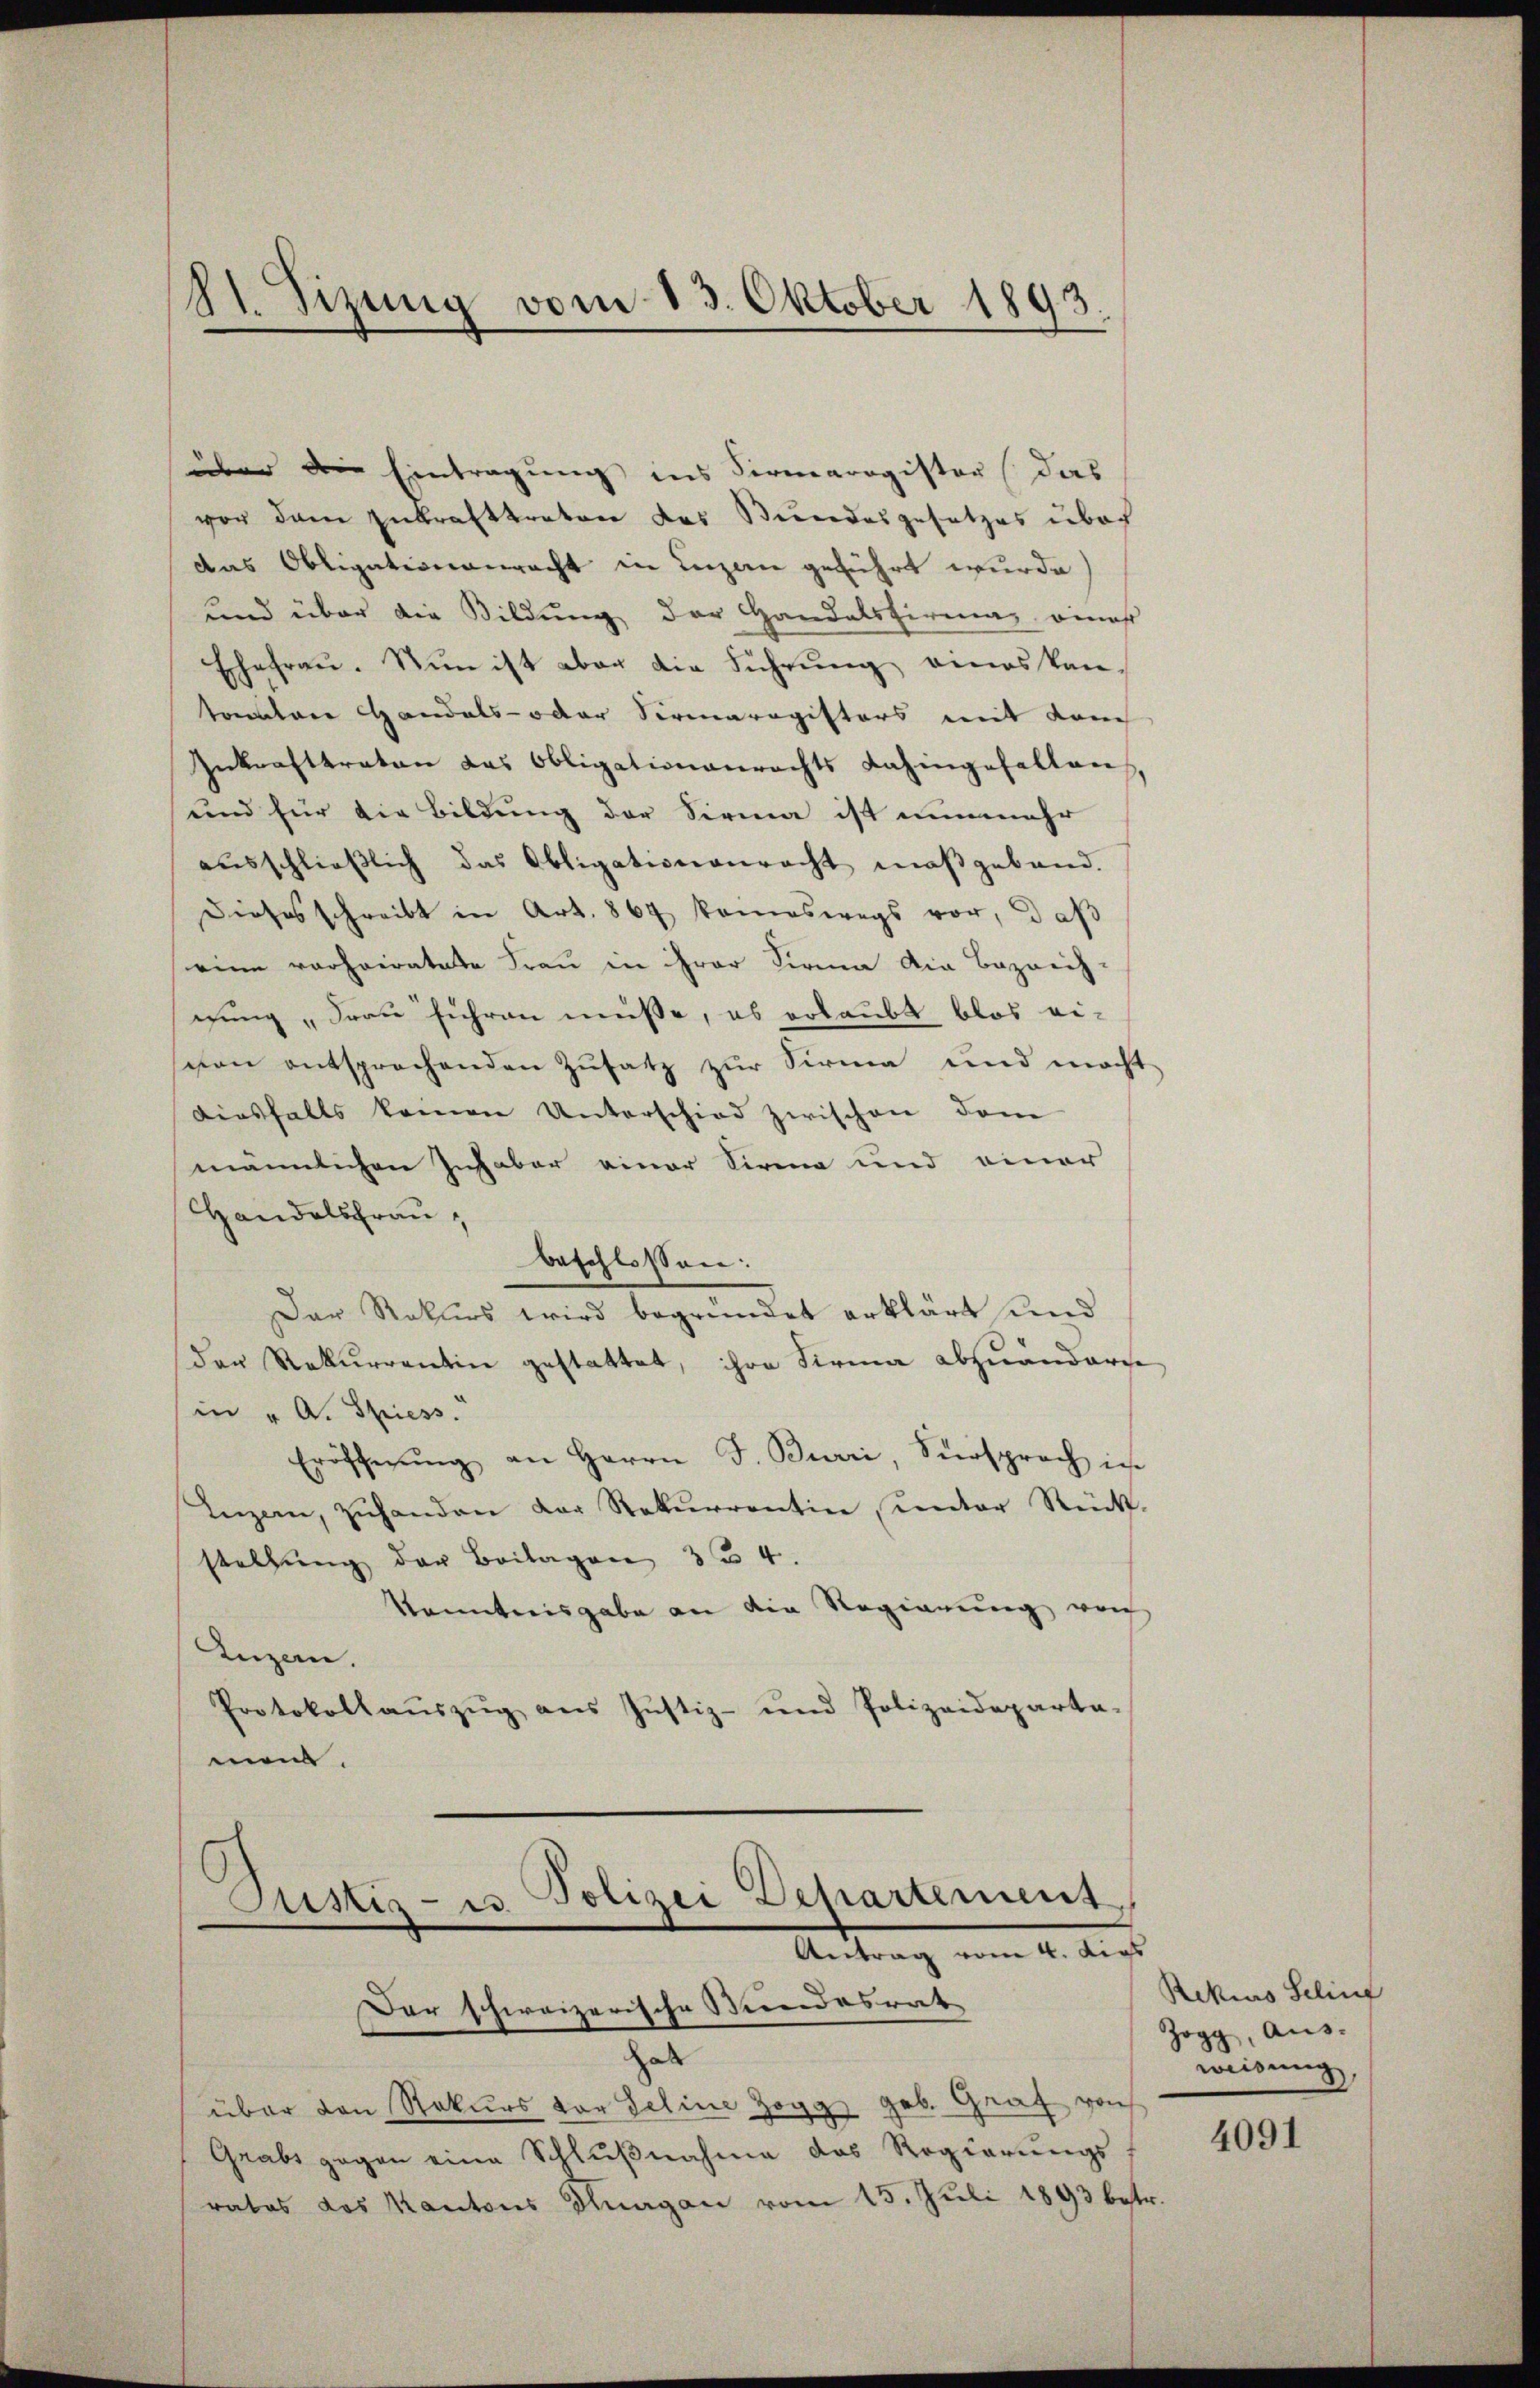
81. Sizung vom 13. Oktober 1893.

über die Eintragung ins Firmarogister (das
vor dem Zukrafttreten des Bundesgesetzes über
das Obligationenrecht in Luzern geführt wurde)
und über die Bildung der Handelsfirmag eines
Ehefrau. Nun ist aber die Führŭng eines kan-
tanten Handels- oder Sermaragisters mit Lauch
Inkrafttreten das Obligationenrechts dahingefallens,
und für die Bildung der Firma ist nunmehr
aŭsschließlich das Obligationenrecht maßgeband.
dieses schreibt in Art. 869 kameswegs vor, daβ
eine vorheiratete Frau in ihrer Firma die Bezeichgung „Frau führen müsse, es erlaubt blos ei-
schon entsprochenden Zusatz zur Sirma und macht
diesfalls keinen Unterschied zwischen dem
männlichen Inhaber einer Sirma und einer
Handelsfrau,
beschlossen:
Der Rekurs wird begründet erklärt und
der Rekurrentin gestattet, ihre Firma abzuänderse
in " A. Spiess.
Eröffnŭng an Herrn F. Burri, Fürsprach in
Inzen, zŭhanden der Rekurrentin, unter Rück-
stellung der Beilagen 334.
Kenntnisgabe an die Regierung von
Iuzen.
Protokollaŭszŭg ans Justiz- und Polizeideparta-
men.

Justiz- u. Polizei Departement
Antrag vom 4. Aus
Dar schweizerische Kundesrat

hab
über den Rekurs vor Geline Zogge geb. Graf von
Grabs gegen eine Schlŭβnahme das Regierungs-
rates des Kantons Thurgau vom 15. Juli 1893 betr.

Rekius Schinf
Zogg, Aus-
weisung,

4091